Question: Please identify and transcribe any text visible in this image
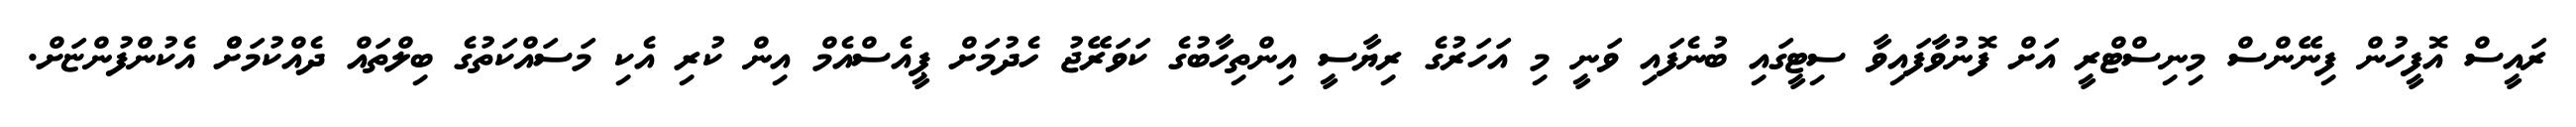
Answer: ރައީސް އޮފީހުން ފިނޭންސް މިނިސްޓްރީ އަށް ފޮނުވާފައިވާ ސިޓީގައި ބުނެފައި ވަނީ މި އަހަރުގެ ރިޔާސީ އިންތިހާބުގެ ކަވަރޭޖު ހެދުމަށް ޕީއެސްއެމް އިން ކުރި އެކި މަސައްކަތުގެ ބިލްތައް ދެއްކުމަށްް އެކުންފުންޏަށް.